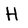
Character: H